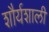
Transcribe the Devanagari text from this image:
शौर्यशाली